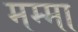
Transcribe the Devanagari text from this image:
मम्मा